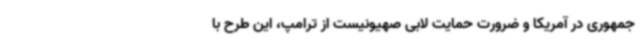
جمهوری در آمریکا و ضرورت حمایت لابی صهیونیست از ترامپ، این طرح با